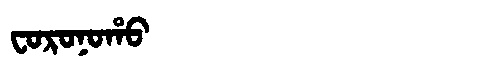
Manchu: ᠸᠣᡵᠣᠨᠣᡥᠣ
Romanization: FORONOHO